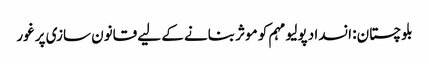
بلوچستان: انسداد پولیو مہم کو موثر بنانے کے لیے قانون سازی پر غور